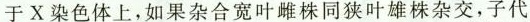
于X染色体上，如果杂合宽叶雌株同狭叶雄株杂交，子代